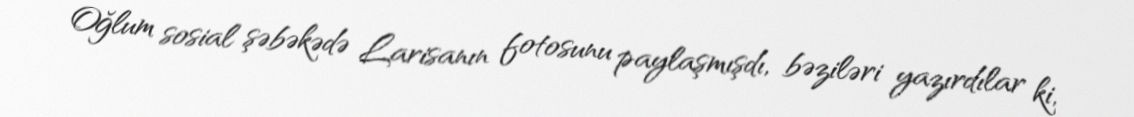
Oğlum sosial şəbəkədə Larisanın fotosunu paylaşmışdı, bəziləri yazırdılar ki,